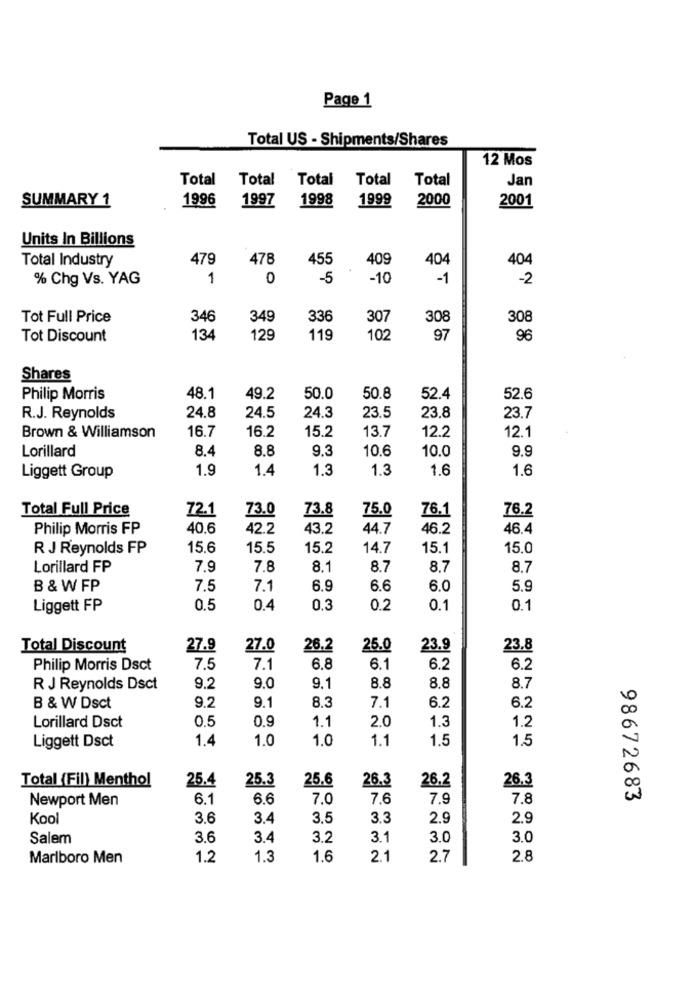
Page 1
Total US - Shipments/Shares
12 Mos
Total
Total Total
Total
Total
Jan
SUMMARY 1
1996
1997
1998
1999
2000
2001
Units In Billions
Total Industry
479
478
455
409
404
404
% Chg Vs. YAG
1
0
-5
-10
-1
-2
Tot Full Price
346
349
336
307
308
308
Tot Discount
134
129
119
102
97
96
Shares
Philip Morris
48.1
49.2
50.0
50.8
52.4
52.6
R.J. Reynolds
24.8
24.5
24.3
23.5
23.8
23.7
16.7
16.2
15.2
Brown & Williamson
13.7
12.2
12.1
Lorillard
8.4
8.8
9.3
10.6
10.0
9.9
1.9
1.4
1.3
1.3
1.6
1.6
Liggett Group
Total Full Price
72.1
73.0
73.8
75.0
76.1
76.2
Philip Morris FP
40.6
42.2
43.2
44.7
46.2
46.4
R J Reynolds FP
15.6
15.5
15.2
14.7
15.1
15.0
Lorillard FP
7.9
7.8
8.1
8.7
8.7
8.7
B & W FP
7.5
7.1
6.9
6.6
6.0
5.9
Liggett FP
0.5
0.4
0.3
0.2
0.1
0.1
Total Discount
27.9
27.0
26.2
25.0
23.9
23.8
Philip Morris Dsct
7.5
7.1
6.8
6.1
6.2
6.2
8.8
R J Reynolds Dsct
9.2
9.0
9.1
8.8
8.7
B & W Dsct
9.2
9.1
8.3
7.1
6.2
6.2
0.5
0.9
1.1
2.0
1.3
1.2
Lorillard Dsct
Liggett Dsct
1.4
1.0
1.0
1.1
1.5
1.5
N
25.3
25.6
26.3
Total (Fil) Menthol
25.4
26.2
26.3
00
Newport Men
6.1
6.6
7.0
7.6
7.9
7.8
98672683
Kool
3.6
3.4
3.5
3.3
2.9
2.9
Salem
3.6
3.4
3.2
3.1
3.0
3.0
Marlboro Men
1.2
1.3
1.6
2.1
2.7
2.8